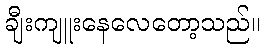
ချီးကျူးနေလေတော့သည်။